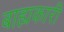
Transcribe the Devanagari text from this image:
बाह्यकारी